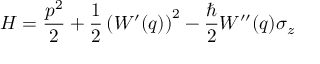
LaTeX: H = \frac { p ^ { 2 } } { 2 } + \frac { 1 } { 2 } \left( W ^ { \prime } ( q ) \right) ^ { 2 } - \frac { \hbar } { 2 } W ^ { \prime \prime } ( q ) \sigma _ { z }